Senior Leaving Certificate Examination (including Day School Certificate (Higher) General paper), 1949
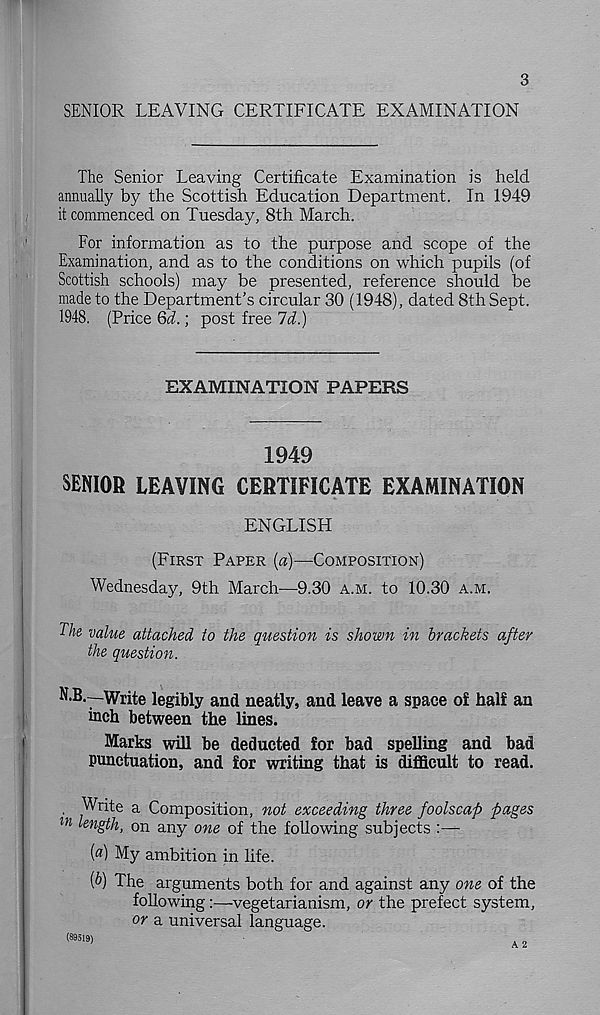
3
SENIOR LEAVING CERTIFICATE EXAMINATION
The Senior Leaving Certificate Examination is held
annually by the Scottish Education Department. In 1949
it commenced on Tuesday, 8th March.
For information as to the purpose and scope of the
Examination, and as to the conditions on which pupils (of
Scottish schools) may be presented, reference should be
made to the Department’s circular 30 (1948), dated 8th Sept.
1948. (Price Qd.; post free Id.)
EXAMINATION PAPERS
1949
SENIOR LEAVING CERTIFICATE EXAMINATION
ENGLISH
(FIRST PAPER (a)—COMPOSITION)
Wednesday, 9th March—9.30 A.M. to 10.30 A.M.
The value attached to the question is shown in brackets after
the question.
N.B.—Write legibly and neatly, and leave a space of half an
inch between the lines.
Marks will be deducted for bad spelling and bad
punctuation, and for writing that is difficult to read.
, Write a Composition, not exceeding three foolscap pages
m kngth, on any one of the following subjects :—
( a ) My ambition in life.
{b) The arguments both for and against any one of the
following :—vegetarianism, or the prefect system,
or a universal language.